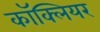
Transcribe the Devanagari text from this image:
काॅक्लियर